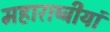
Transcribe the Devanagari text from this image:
महाराष्ट्रीयां